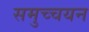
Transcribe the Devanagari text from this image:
समुच्चयन